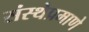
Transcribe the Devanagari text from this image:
संस्थेप्रमाणे